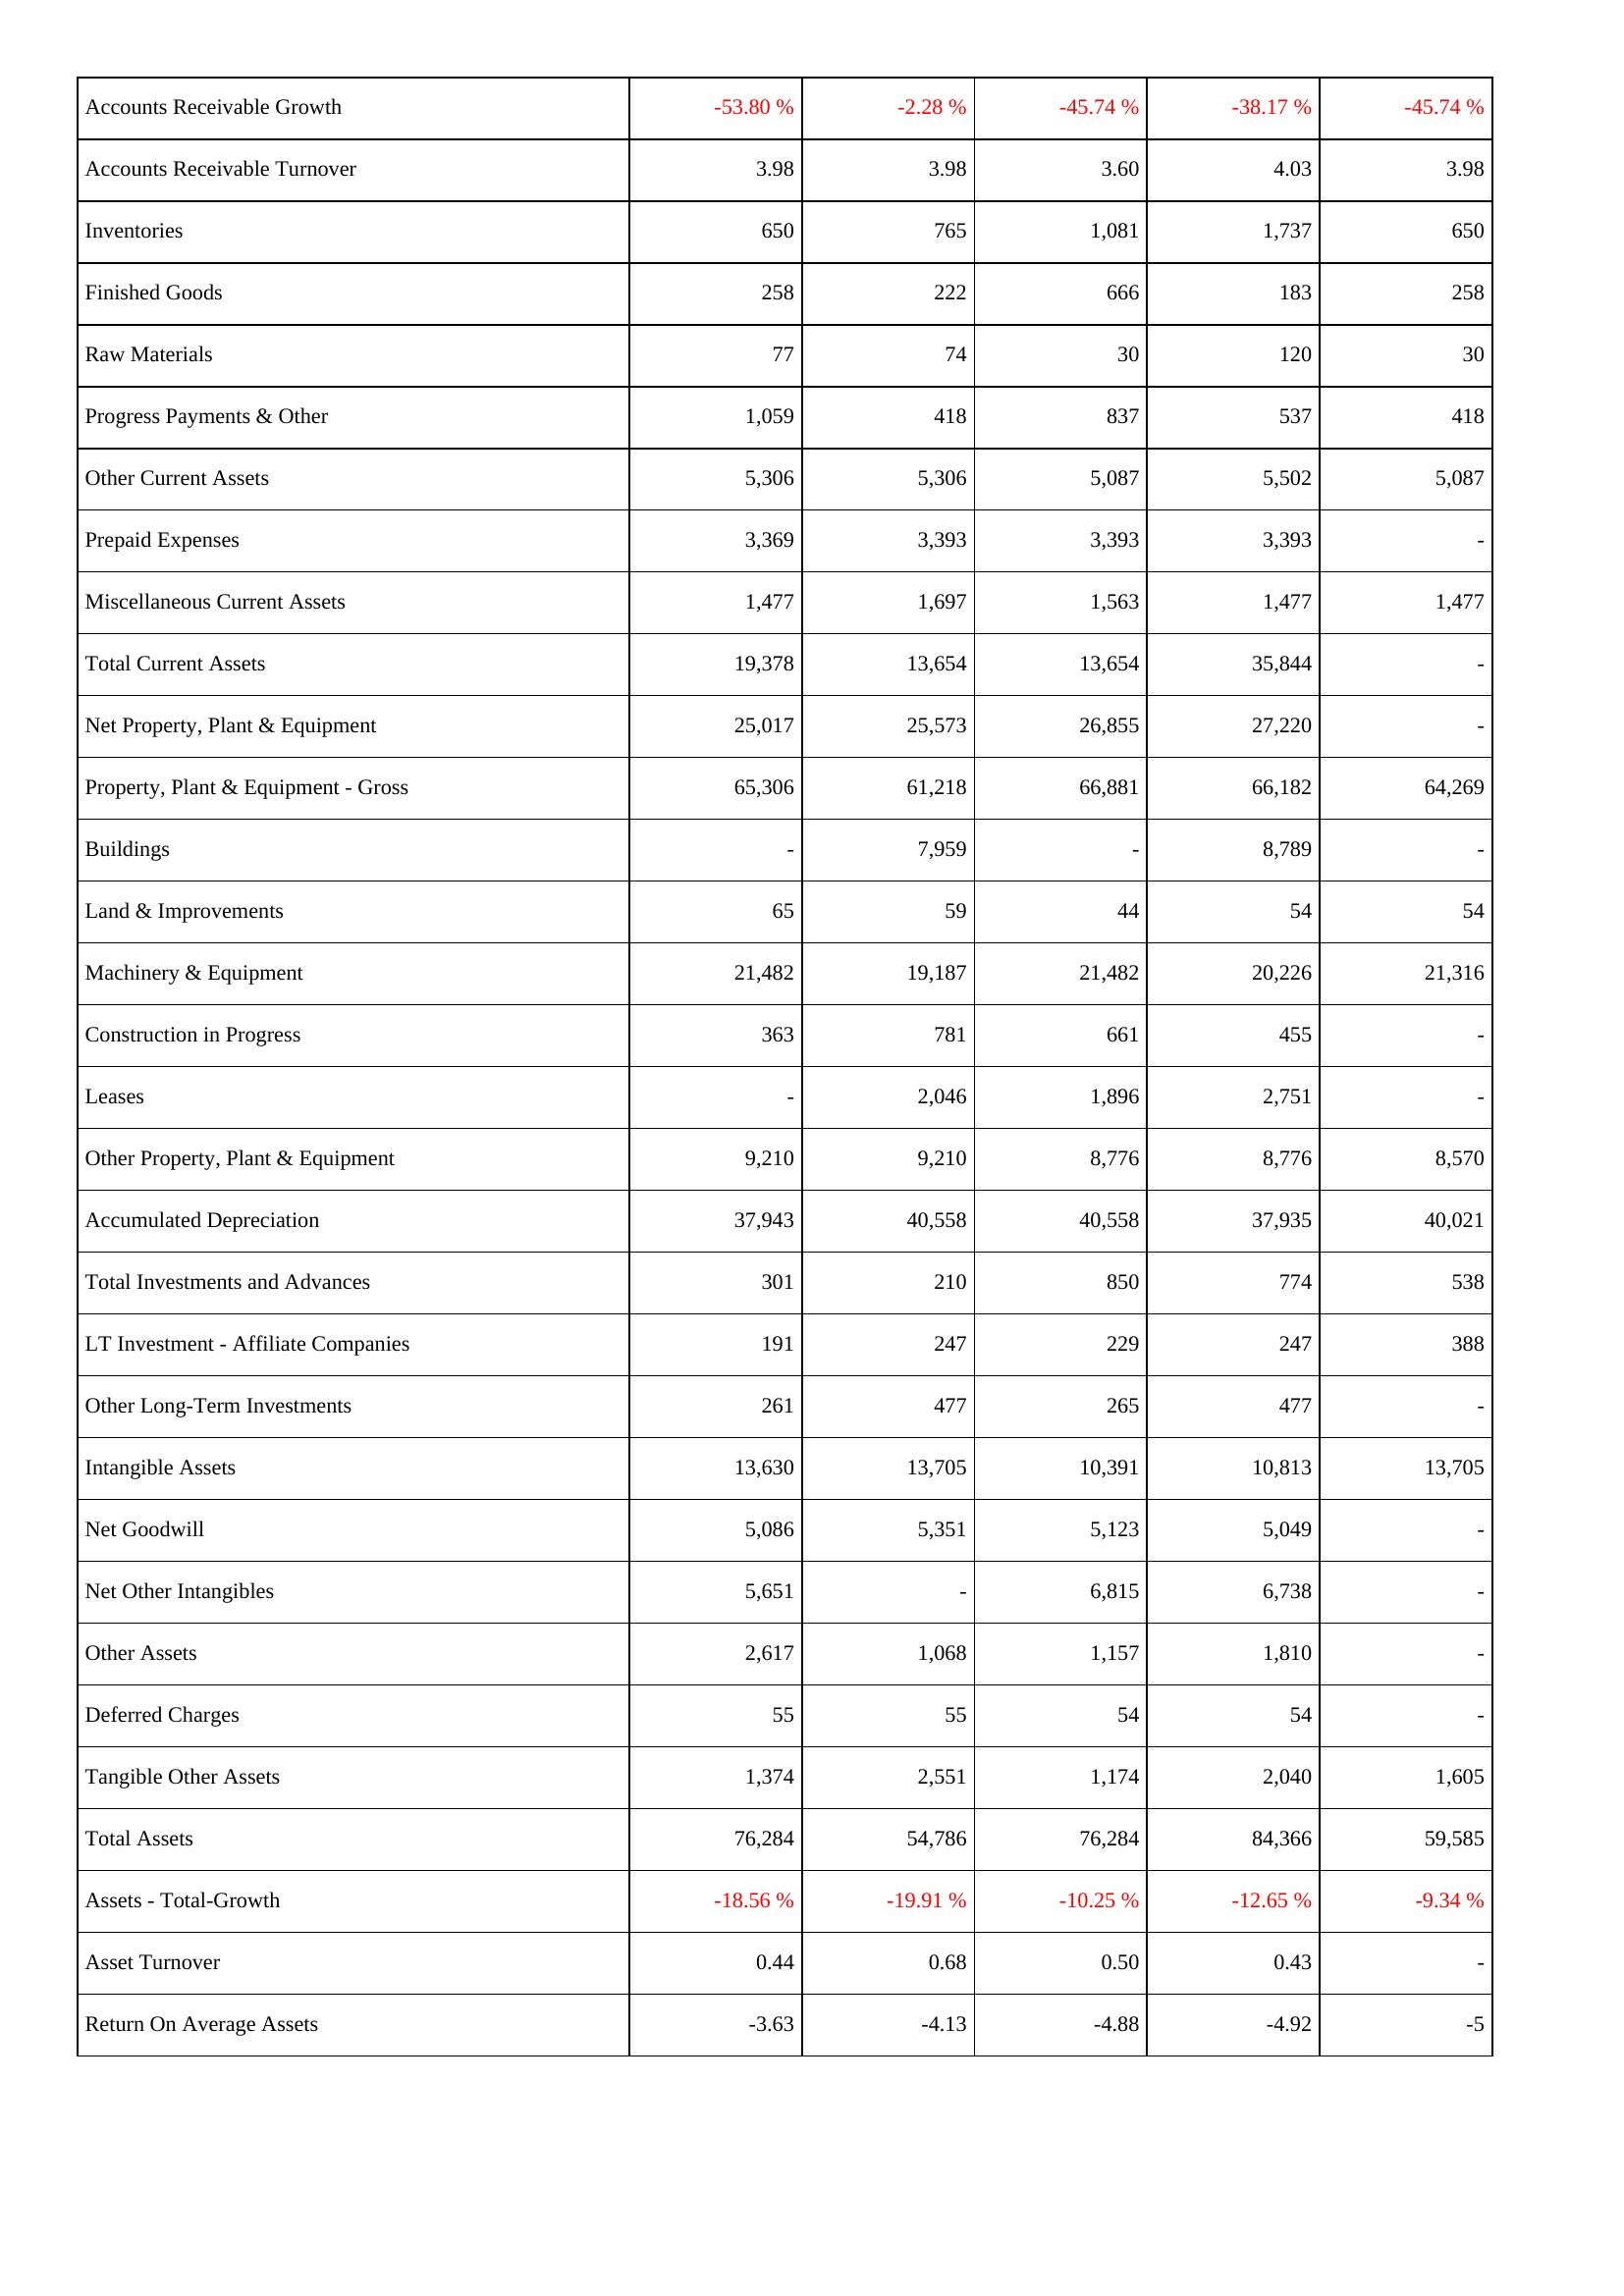
2025: Assets: Accounts Receivable Growth: -53.80 %
Accounts Receivable Turnover: 3.98
Inventories: 650
Finished Goods: 258
Raw Materials: 77
Progress Payments & Other: 1,059
Other Current Assets: 5,306
Prepaid Expenses: 3,369
Miscellaneous Current Assets: 1,477
Total Current Assets: 19,378
Net Property, Plant & Equipment: 25,017
Property, Plant & Equipment - Gross: 65,306
Buildings: -
Land & Improvements: 65
Machinery & Equipment: 21,482
Construction in Progress: 363
Leases: -
Other Property, Plant & Equipment: 9,210
Accumulated Depreciation: 37,943
Total Investments and Advances: 301
LT Investment - Affiliate Companies: 191
Other Long-Term Investments: 261
Intangible Assets: 13,630
Net Goodwill: 5,086
Net Other Intangibles: 5,651
Other Assets: 2,617
Deferred Charges: 55
Tangible Other Assets: 1,374
Total Assets: 76,284
Assets - Total-Growth: -18.56 %
Asset Turnover: 0.44
Return On Average Assets: -3.63
2024: Assets: Accounts Receivable Growth: -2.28 %
Accounts Receivable Turnover: 3.98
Inventories: 765
Finished Goods: 222
Raw Materials: 74
Progress Payments & Other: 418
Other Current Assets: 5,306
Prepaid Expenses: 3,393
Miscellaneous Current Assets: 1,697
Total Current Assets: 13,654
Net Property, Plant & Equipment: 25,573
Property, Plant & Equipment - Gross: 61,218
Buildings: 7,959
Land & Improvements: 59
Machinery & Equipment: 19,187
Construction in Progress: 781
Leases: 2,046
Other Property, Plant & Equipment: 9,210
Accumulated Depreciation: 40,558
Total Investments and Advances: 210
LT Investment - Affiliate Companies: 247
Other Long-Term Investments: 477
Intangible Assets: 13,705
Net Goodwill: 5,351
Net Other Intangibles: -
Other Assets: 1,068
Deferred Charges: 55
Tangible Other Assets: 2,551
Total Assets: 54,786
Assets - Total-Growth: -19.91 %
Asset Turnover: 0.68
Return On Average Assets: -4.13
2023: Assets: Accounts Receivable Growth: -45.74 %
Accounts Receivable Turnover: 3.60
Inventories: 1,081
Finished Goods: 666
Raw Materials: 30
Progress Payments & Other: 837
Other Current Assets: 5,087
Prepaid Expenses: 3,393
Miscellaneous Current Assets: 1,563
Total Current Assets: 13,654
Net Property, Plant & Equipment: 26,855
Property, Plant & Equipment - Gross: 66,881
Buildings: -
Land & Improvements: 44
Machinery & Equipment: 21,482
Construction in Progress: 661
Leases: 1,896
Other Property, Plant & Equipment: 8,776
Accumulated Depreciation: 40,558
Total Investments and Advances: 850
LT Investment - Affiliate Companies: 229
Other Long-Term Investments: 265
Intangible Assets: 10,391
Net Goodwill: 5,123
Net Other Intangibles: 6,815
Other Assets: 1,157
Deferred Charges: 54
Tangible Other Assets: 1,174
Total Assets: 76,284
Assets - Total-Growth: -10.25 %
Asset Turnover: 0.50
Return On Average Assets: -4.88
2022: Assets: Accounts Receivable Growth: -38.17 %
Accounts Receivable Turnover: 4.03
Inventories: 1,737
Finished Goods: 183
Raw Materials: 120
Progress Payments & Other: 537
Other Current Assets: 5,502
Prepaid Expenses: 3,393
Miscellaneous Current Assets: 1,477
Total Current Assets: 35,844
Net Property, Plant & Equipment: 27,220
Property, Plant & Equipment - Gross: 66,182
Buildings: 8,789
Land & Improvements: 54
Machinery & Equipment: 20,226
Construction in Progress: 455
Leases: 2,751
Other Property, Plant & Equipment: 8,776
Accumulated Depreciation: 37,935
Total Investments and Advances: 774
LT Investment - Affiliate Companies: 247
Other Long-Term Investments: 477
Intangible Assets: 10,813
Net Goodwill: 5,049
Net Other Intangibles: 6,738
Other Assets: 1,810
Deferred Charges: 54
Tangible Other Assets: 2,040
Total Assets: 84,366
Assets - Total-Growth: -12.65 %
Asset Turnover: 0.43
Return On Average Assets: -4.92
2021: Assets: Accounts Receivable Growth: -45.74 %
Accounts Receivable Turnover: 3.98
Inventories: 650
Finished Goods: 258
Raw Materials: 30
Progress Payments & Other: 418
Other Current Assets: 5,087
Prepaid Expenses: -
Miscellaneous Current Assets: 1,477
Total Current Assets: -
Net Property, Plant & Equipment: -
Property, Plant & Equipment - Gross: 64,269
Buildings: -
Land & Improvements: 54
Machinery & Equipment: 21,316
Construction in Progress: -
Leases: -
Other Property, Plant & Equipment: 8,570
Accumulated Depreciation: 40,021
Total Investments and Advances: 538
LT Investment - Affiliate Companies: 388
Other Long-Term Investments: -
Intangible Assets: 13,705
Net Goodwill: -
Net Other Intangibles: -
Other Assets: -
Deferred Charges: -
Tangible Other Assets: 1,605
Total Assets: 59,585
Assets - Total-Growth: -9.34 %
Asset Turnover: -
Return On Average Assets: -5